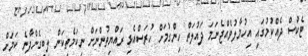
ޓެކްސް ދެއްކުމުގައި އިހުމާލުވެއްޖެނަމަ ދައުލަތް ހިންގުމަށް ހުރަސްއެޅި ރައްޔިތުންނަށް ނިކަމެތިކަން ލިބިގެންދާނެ ކަމަށް